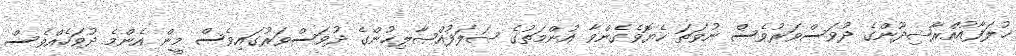
ޚުލަފާއުއްރާޝިދޫންގެ ދުވަސްވަރުވެސް ނުވަތަ ހެޔޮވެގެންވާ އުންމަތުގެ ޞަލަފުއްޞާލިޙުންގެ ދުވަސްވަރުގައިވެސް މީން އެންމެ ދުވަހެއްވެސް